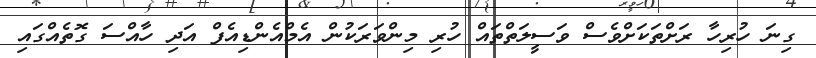
ގިނަ ހުރިހާ ރަށްތަކަށްވެސް ވަސީލަތްތައް ހުރި މިންވަރަކުން އެމްއެންޑިއެފް އަދި ހާއްސަ ގޮތެއްގައި